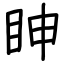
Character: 眒